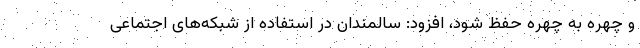
و چهره به چهره حفظ شود، افزود: سالمندان در استفاده از شبکه‌های اجتماعی